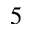
5